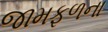
જામફળના